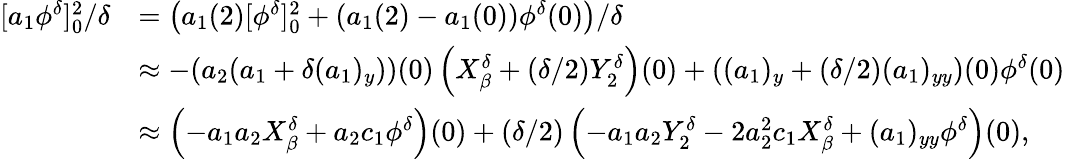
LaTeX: \begin{array}{rl}{[a_{1}\phi^{\delta}]_{0}^{2}/\delta}&{=\left(a_{1}(2)[\phi^{\delta}]_{0}^{2}+(a_{1}(2)-a_{1}(0))\phi^{\delta}(0)\right)/\delta}\\ &{\approx-(a_{2}(a_{1}+\delta(a_{1})_{y}))(0)\left(X_{\beta}^{\delta}+(\delta/2)Y_{2}^{\delta}\right)(0)+((a_{1})_{y}+(\delta/2)(a_{1})_{yy})(0)\phi^{\delta}(0)}\\ &{\approx\left(-a_{1}a_{2}X_{\beta}^{\delta}+a_{2}c_{1}\phi^{\delta}\right)(0)+(\delta/2)\left(-a_{1}a_{2}Y_{2}^{\delta}-2a_{2}^{2}c_{1}X_{\beta}^{\delta}+(a_{1})_{yy}\phi^{\delta}\right)(0),}\end{array}